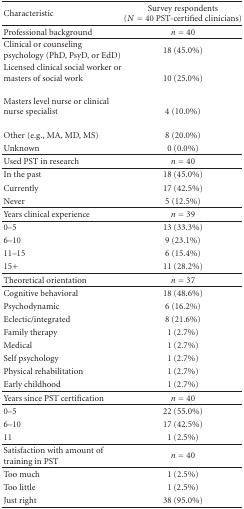
<table><thead><tr><td><b>Characteristic</b></td><td><b>Survey respondents (<i>N</i> = 40 PST-certified clinicians)</b></td></tr></thead><tbody><tr><td>Professional background </td><td><i>n</i> = 40</td></tr><tr><td>Clinical or counseling psychology (PhD, PsyD, or EdD)</td><td>18 (45.0%)</td></tr><tr><td>Licensed clinical social worker or masters of social work</td><td>10 (25.0%)</td></tr><tr><td>Masters level nurse or clinical nurse specialist</td><td>4 (10.0%)</td></tr><tr><td>Other (e.g., MA, MD, MS)</td><td>8 (20.0%)</td></tr><tr><td>Unknown</td><td>0 (0.0%)</td></tr><tr><td>Used PST in research </td><td><i>n</i> = 40</td></tr><tr><td>In the past</td><td>18 (45.0%)</td></tr><tr><td>Currently</td><td>17 (42.5%)</td></tr><tr><td>Never</td><td>5 (12.5%)</td></tr><tr><td>Years clinical experience </td><td><i>n</i> = 39</td></tr><tr><td> 0–5</td><td>13 (33.3%)</td></tr><tr><td>6–10</td><td>9 (23.1%)</td></tr><tr><td>11–15</td><td>6 (15.4%)</td></tr><tr><td>15+</td><td>11 (28.2%)</td></tr><tr><td>Theoretical orientation </td><td><i>n</i> = 37</td></tr><tr><td>Cognitive behavioral</td><td>18 (48.6%)</td></tr><tr><td>Psychodynamic</td><td>6 (16.2%)</td></tr><tr><td>Eclectic/integrated</td><td>8 (21.6%)</td></tr><tr><td>Family therapy</td><td>1 (2.7%)</td></tr><tr><td>Medical</td><td>1 (2.7%)</td></tr><tr><td>Self psychology</td><td>1 (2.7%)</td></tr><tr><td>Physical rehabilitation</td><td>1 (2.7%)</td></tr><tr><td>Early childhood</td><td>1 (2.7%)</td></tr><tr><td>Years since PST certification </td><td><i>n</i> = 40</td></tr><tr><td>0–5</td><td>22 (55.0%)</td></tr><tr><td>6–10</td><td>17 (42.5%)</td></tr><tr><td>11</td><td>1 (2.5%)</td></tr><tr><td>Satisfaction with amount of training in PST</td><td><i>n</i> = 40</td></tr><tr><td>Too much</td><td>1 (2.5%)</td></tr><tr><td>Too little</td><td>1 (2.5%)</td></tr><tr><td>Just right</td><td>38 (95.0%)</td></tr></tbody></table>